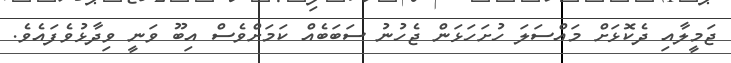
ޖަމީލާއި ދެކޮޅަށް މައްސަލަ ހުށަހަޅަން ޖެހުނު ސަބަބެއް ކަމަށްވެސް އިބޫ ވަނީ ވިދާޅުވެފައެވެ.